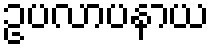
ဥပလာပနာယ